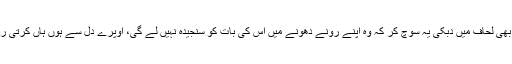
وہ بھی لحاف میں دبکی یہ سوچ کر کہ وہ اپنے رونے دھونے میں اس کی بات کو سنجیدہ نہیں لے گی، اوپرے دل سے ہوں ہاں کرتی رہی۔